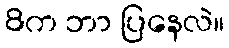
8က ဘာ ပြနေလဲ။